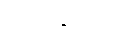
ပေးသွင်း၍